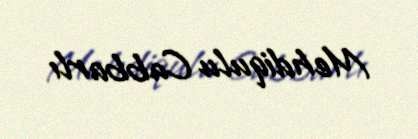
Mehdiqulu Cabbarlı